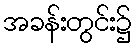
အခန်းတွင်း၌